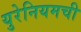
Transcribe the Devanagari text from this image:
युरेनियमची